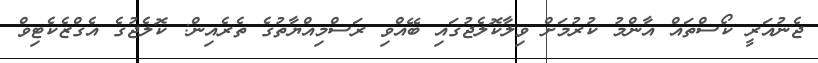
ޖެނުއަރީ ކޯސްތައް އާންމު ކުރުމަށް ވިލާކޮލެޖުގައި ބޭއްވި ރަސްމިއްޔާތުގެ ތެރެއިން: ކޮލެޖުގެ އެގްޒެކެޓިވް